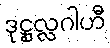
ဒုဋ္ဌုလ္လဂါဟီ